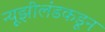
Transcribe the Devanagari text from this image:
न्यूझीलंडकडून